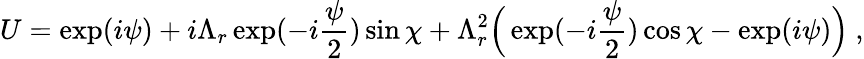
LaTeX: U=\exp(i\psi)+i\Lambda_{r}\exp(-i\frac{\psi}{2})\sin\chi+\Lambda_{r}^{2}\Bigr(\exp(-i\frac{\psi}{2})\cos\chi-\exp(i\psi)\Bigr)\ ,